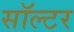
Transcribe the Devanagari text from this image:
सॉल्टर